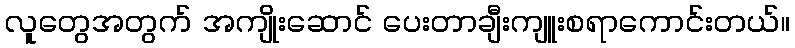
လူတွေအတွက် အကျိုးဆောင် ပေးတာချီးကျူးစရာကောင်းတယ်။